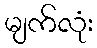
မျက်လုံး